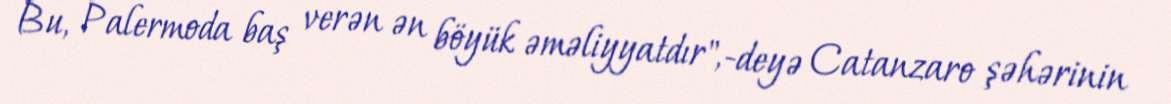
Bu, Palermoda baş verən ən böyük əməliyyatdır",-deyə Catanzaro şəhərinin